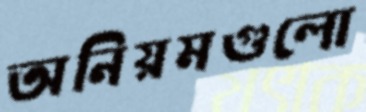
অনিয়মগুলো